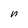
Character: n